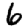
Digit: 6